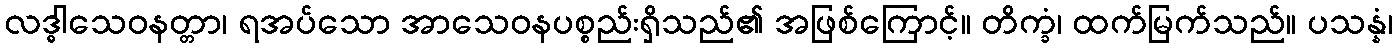
လဒ္ဓါသေဝနတ္တာ၊ ရအပ်သော အာသေဝနပစ္စည်းရှိသည်၏ အဖြစ်ကြောင့်။ တိက္ခံ၊ ထက်မြက်သည်။ ပသန္နံ၊